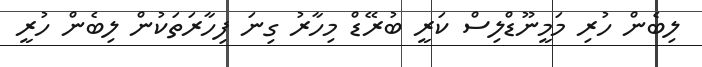
ލިބެން ހުރި މަމީނޫޑްލިސް ކަރީ ބުރޭޑް މިހާރު ގިނަ ފިހާރަތަކުން ލިބެން ހުރީ